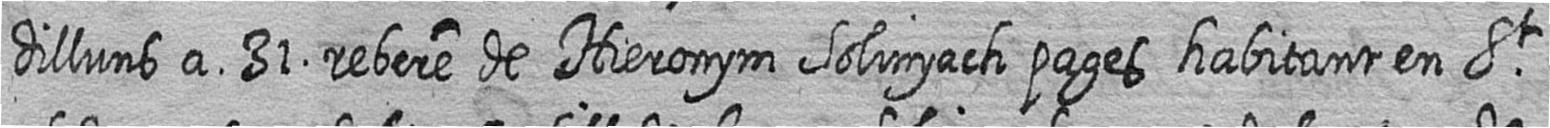
dilluns a 31 rebere de Hieronym Solinyach pages habitant en St